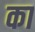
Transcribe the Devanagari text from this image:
का